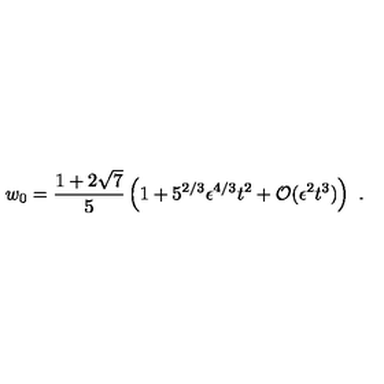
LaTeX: w _ { 0 } = { \frac { 1 + 2 \sqrt { 7 } } { 5 } } \left( 1 + 5 ^ { 2 / 3 } \epsilon ^ { 4 / 3 } t ^ { 2 } + { \cal O } ( \epsilon ^ { 2 } t ^ { 3 } ) \right) \ .